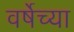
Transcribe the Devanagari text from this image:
वर्षेच्या